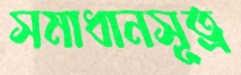
সমাধানসূত্র